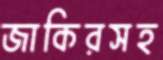
জাকিরসহ